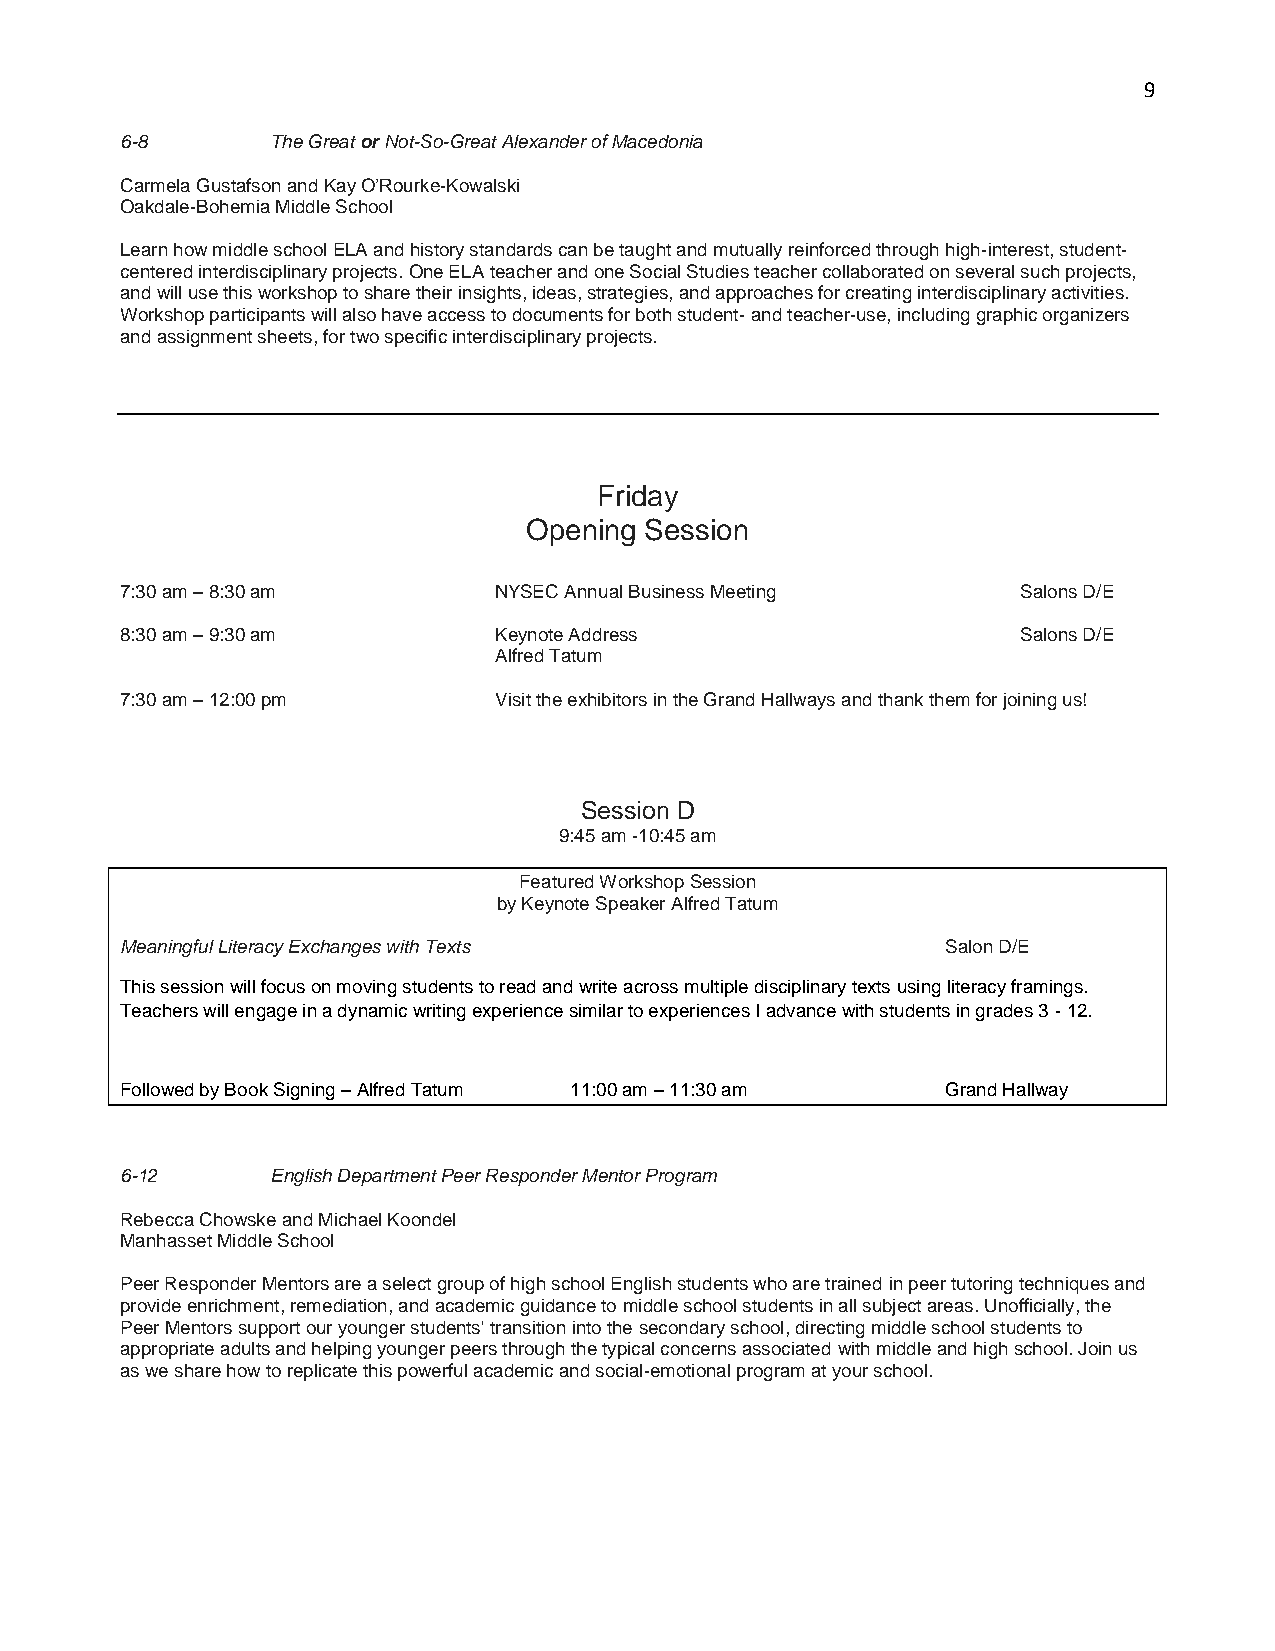
9
 6-8       The Great or Not-So-Great Alexander of Macedonia
 Carmela Gustafson and Kay O’Rourke-Kowalski
 Oakdale-Bohemia Middle School
 Learn how middle school ELA and history standards can be taught and mutually reinforced through high-interest, student-
 centered interdisciplinary projects. One ELA teacher and one Social Studies teacher collaborated on several such projects,
 and will use this workshop to share their insights, ideas, strategies, and approaches for creating interdisciplinary activities.
 Workshop participants will also have access to documents for both student- and teacher-use, including graphic organizers
 and assignment sheets, for two specific interdisciplinary projects.
 Friday
 Opening Session
 7:30 am – 8:30 am        NYSEC Annual Business Meeting      Salons D/E
 8:30 am – 9:30 am        Keynote Address                    Salons D/E
 Alfred Tatum
 7:30 am – 12:00 pm       Visit the exhibitors in the Grand Hallways and thank them for joining us!
 Session D
 9:45 am -10:45 am
 Featured Workshop Session
 by Keynote Speaker Alfred Tatum
 Meaningful Literacy Exchanges with Texts               Salon D/E
 This session will focus on moving students to read and write across multiple disciplinary texts using literacy framings.
 Teachers will engage in a dynamic writing experience similar to experiences I advance with students in grades 3 - 12.
 Followed by Book Signing – Alfred Tatum 11:00 am – 11:30 am Grand Hallway
 6-12      English Department Peer Responder Mentor Program
 Rebecca Chowske and Michael Koondel
 Manhasset Middle School
 Peer Responder Mentors are a select group of high school English students who are trained in peer tutoring techniques and
 provide enrichment, remediation, and academic guidance to middle school students in all subject areas. Unofficially, the
 Peer Mentors support our younger students' transition into the secondary school, directing middle school students to
 appropriate adults and helping younger peers through the typical concerns associated with middle and high school. Join us
 as we share how to replicate this powerful academic and social-emotional program at your school.